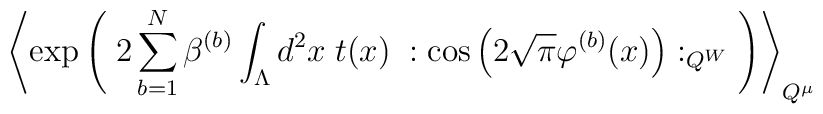
\left\langle\exp \left( \; 2 \sum_{b=1}^N \beta^{(b)} \int_{\Lambda} d^2x \;t(x)\; : \cos \left( 2 \sqrt{\pi} \varphi^{(b)}(x) \right) :_{Q^W} \; \right)\right\rangle_{Q^\mu}